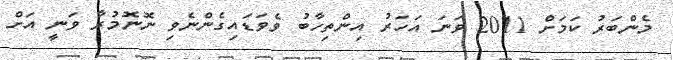
މެންބަރު ކަމަށް 2011 ވަނަ އަހަރު އިންތިހާބު ވެވަޑައިގެންނެވި ނޮނޮމުރާ ވަނީ އަށް